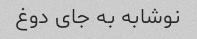
نوشابه به جای دوغ